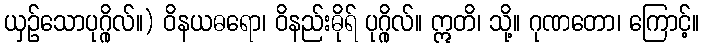
ယှဉ်သောပုဂ္ဂိုလ်။) ဝိနယဓရော၊ ဝိနည်းဓိုရ် ပုဂ္ဂိုလ်။ ဣတိ၊ သို့။ ဂုဏတော၊ ကြောင့်။